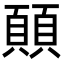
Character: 𩔊